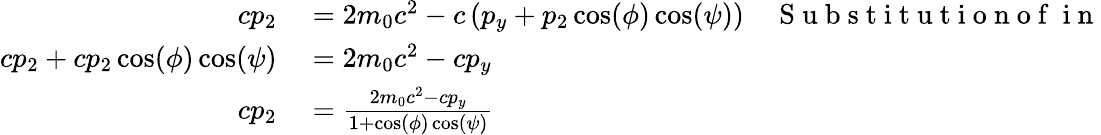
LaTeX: \begin{array}{rlr}{cp_{2}}&{{}=2m_{0}c^{2}-c\left(p_{y}+p_{2}\cos(\phi)\cos(\psi)\right)}&{\mathrm{~S~u~b~s~t~i~t~u~t~i~o~n~o~f~}\mathrm{~i~n~}}\\ {cp_{2}+cp_{2}\cos(\phi)\cos(\psi)}&{{}=2m_{0}c^{2}-cp_{y}}&{}\\ {cp_{2}}&{{}=\frac{2m_{0}c^{2}-cp_{y}}{1+\cos(\phi)\cos(\psi)}}&{}\end{array}